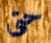
حتى